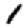
Digit: 1